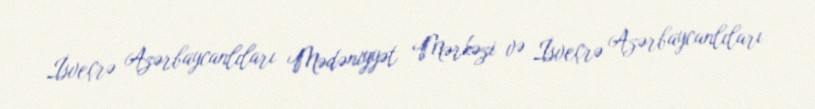
İsveçrə Azərbaycanlıları Mədəniyyət Mərkəzi və İsveçrə Azərbaycanlıları